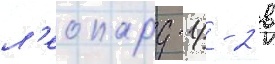
л'еопард-1/ - 2 в